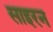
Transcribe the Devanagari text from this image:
साइरन